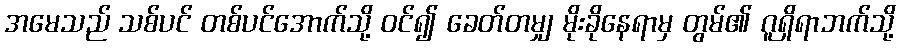
အမေသည် သစ်ပင် တစ်ပင်အောက်သို့ ဝင်၍ ခေတ်တမျှ မိုးခိုနေရာမှ တွမ်၏ ဂူရှိရာဘက်သို့